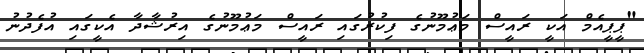
"ޕީޕީއެމް އަކީ ރައީސް މަޢުމޫނުގެ ފިކުރުގައި ރައީސް މަޢުމޫނުގެ އިރުޝާދާ އެކީގައި އުފެދުނު